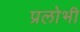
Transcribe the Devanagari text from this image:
प्रलोभी